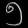
Digit: ၅